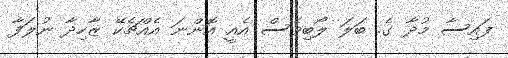
ފައިސާ މުދާ ގެ. ބަލަ ލޯބިވެސް އެއީ އޮންނަ އެއްޗެކޭ ޒާހިދާ ނުލަފާ